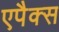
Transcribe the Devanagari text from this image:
एपैक्स